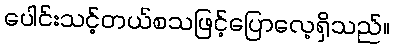
ပေါင်းသင့်တယ်စသဖြင့်ပြောလေ့ရှိသည်။